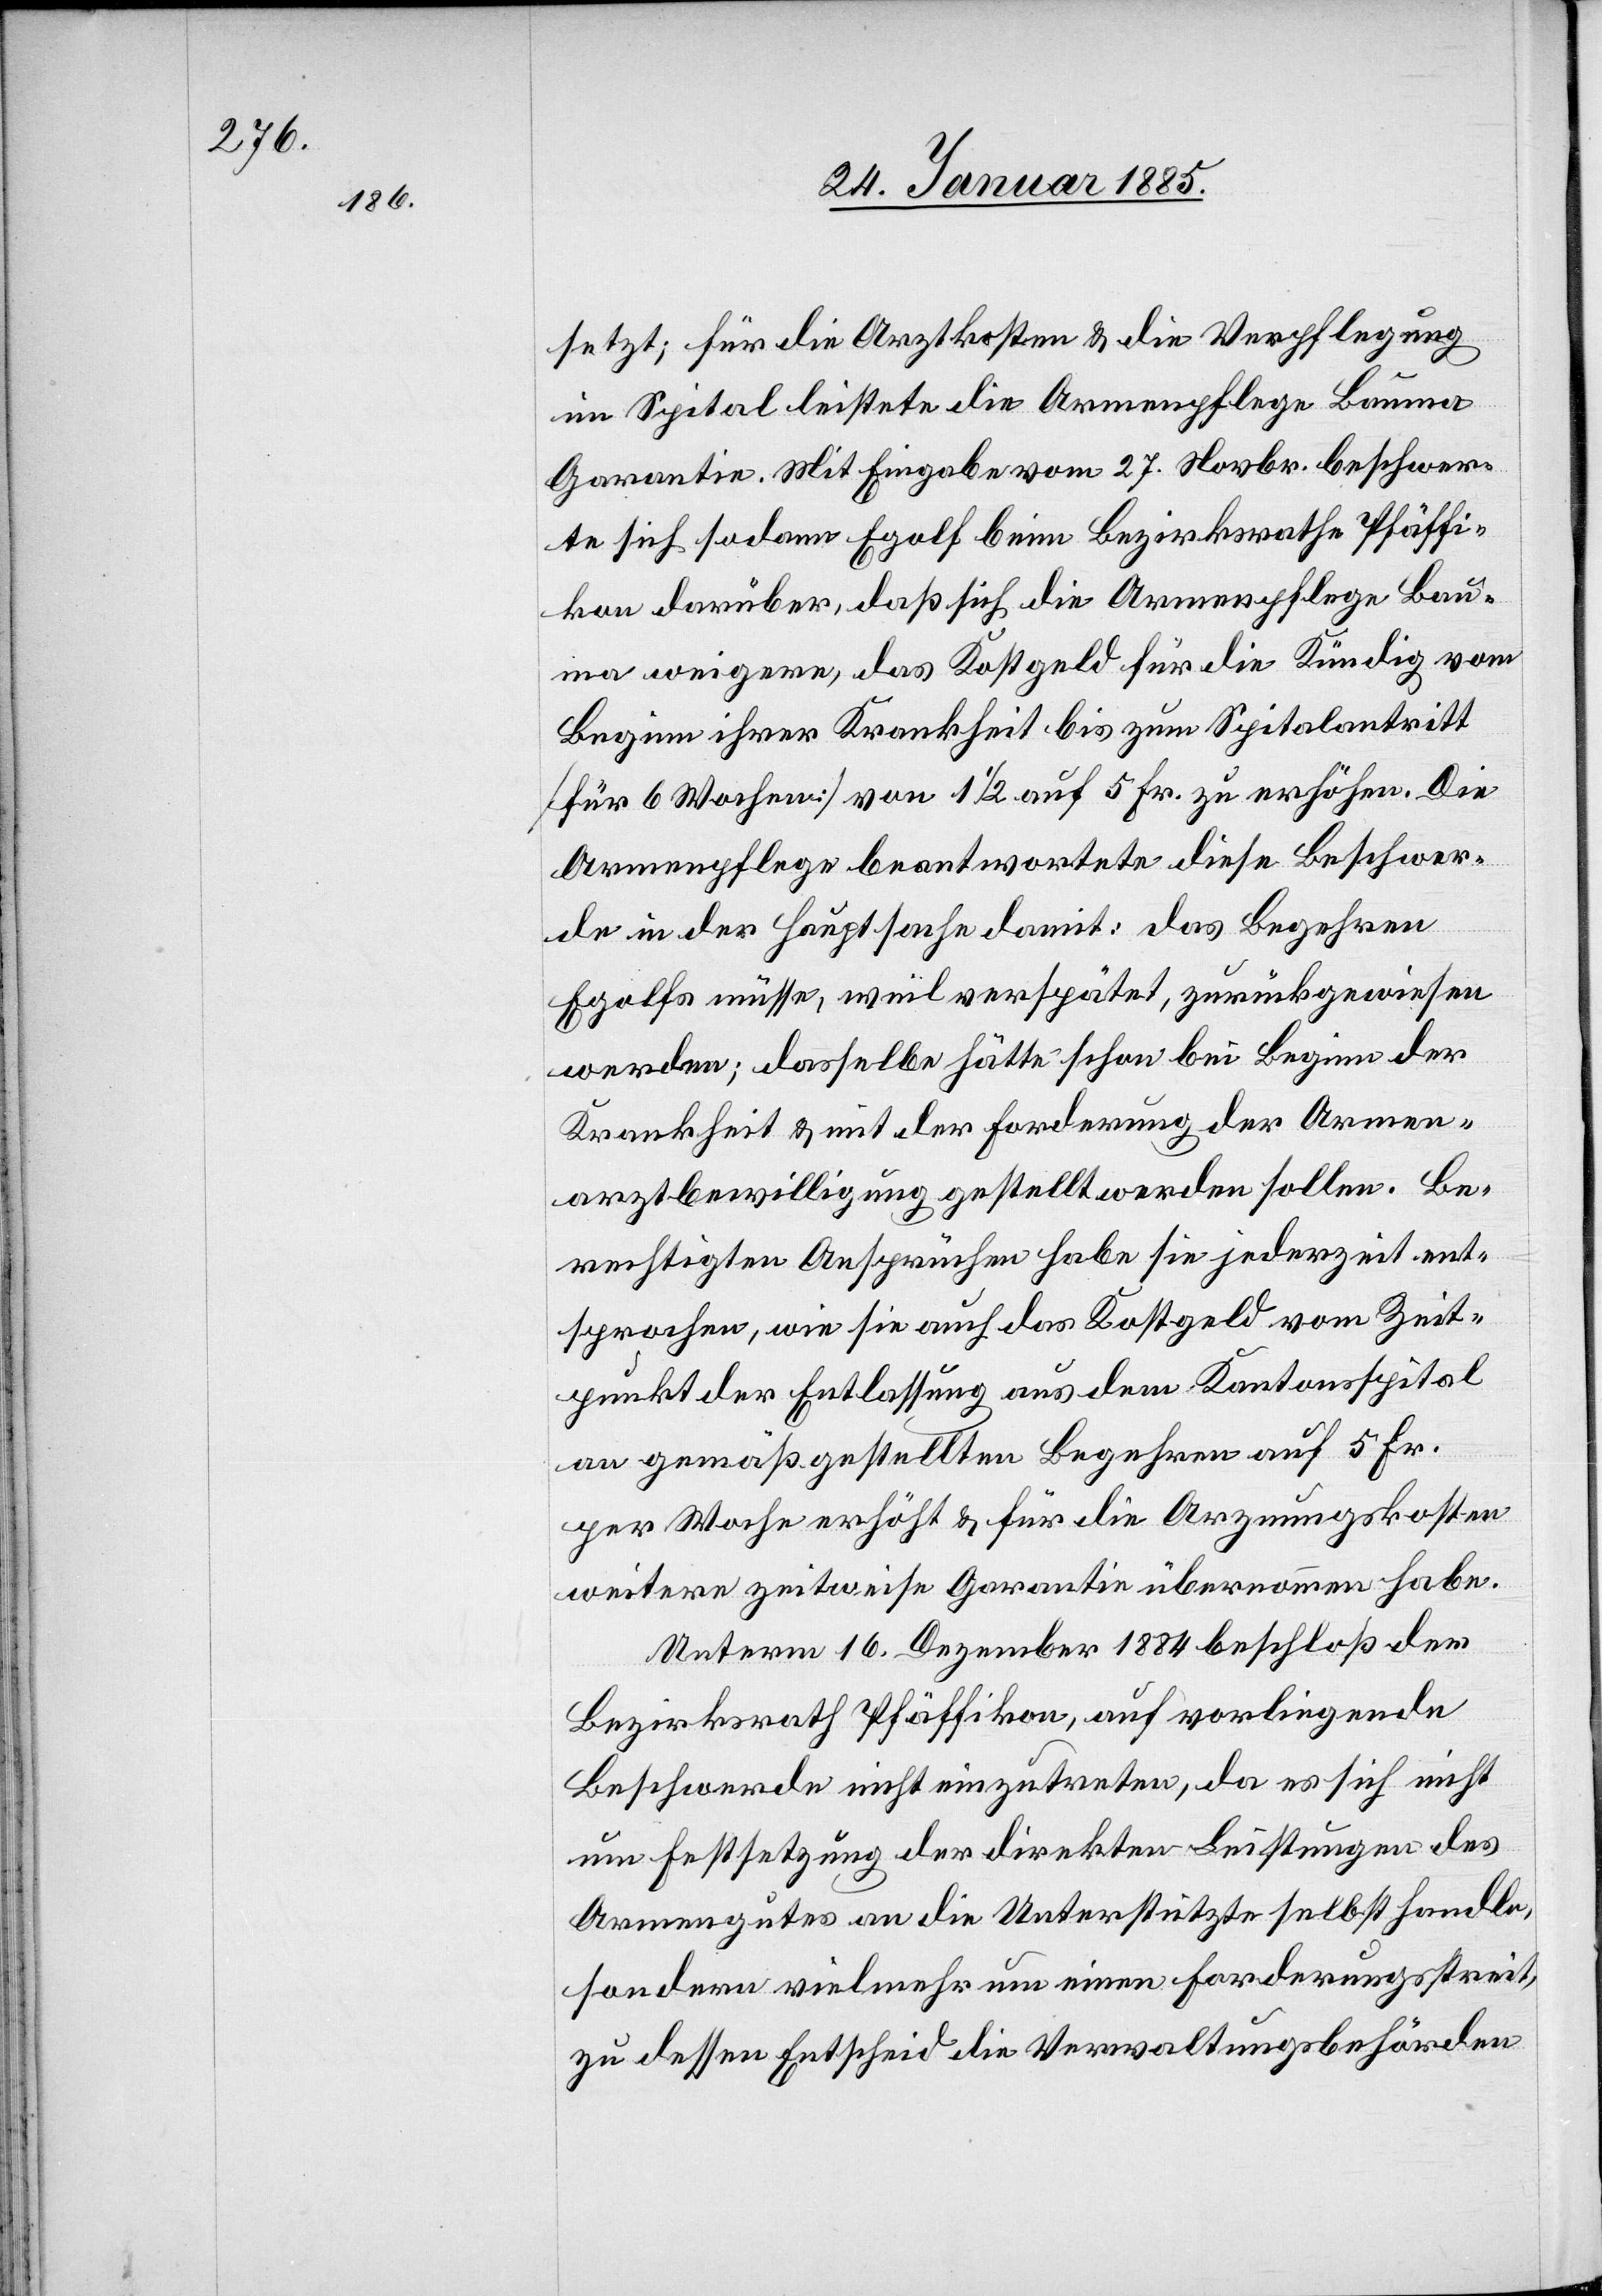
setzt; für die Arztkosten & die Verpflegung
im Spital leistete die Armenpflege Bauma
Garantie. Mit Eingabe vom 27. Novbr. beschwer¬
te sich sodann Egolf beim Bezirksrathe Pfäffi¬
kon darüber, daß sich die Armenpflege Bau¬
ma weigere, das Kostgeld für die Kündig vom
Beginn ihrer Krankheit bis zum Spitalantritt
[für 6 Wochen] von 1 1/2 auf 5 Fr. zu erhöhen. Die
Armenpflege beantwortete diese Beschwer¬
de in der Hauptsache damit: das Begehren
Egolfs müsse, weil verspätete, zurückgewiesen
werden; dasselbe hätte schon bei Beginn der
Krankheit & mit der Forderung der Armen¬
arztbewilligung gestellt werden sollen. Be¬
rechtigten Ansprüchen habe sie jederzeit ent¬
sprochen, wie sie auch das Kostgeld am Zeit¬
punkt der Entlassung aus dem Kantonsspital
an gemäß gestellten Begehren auf 5 Fr.
per Woche erhöht & für die Arznungskosten
weitere zweitweise Garantie übernommen habe.
Unterm 16. Dezember 1884 beschloß der
Bezirksrath Pfäffikon, auf vorliegende
Beschwerde nicht einzutreten, da es sich nicht
um Festsetzung der direkten Leistungen des
Armengutes an die Unterstützte selbst handle,
sondern vielmehr um einen Forderungsstreit,
zu dessen Entscheid die Verwaltungsbehörden